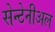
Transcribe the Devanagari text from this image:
सेन्टेनीअल